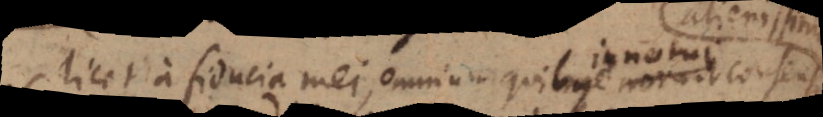
licet a fiducia mei, omnium quibus innotui